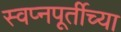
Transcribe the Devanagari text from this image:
स्वप्नपूर्तीच्या